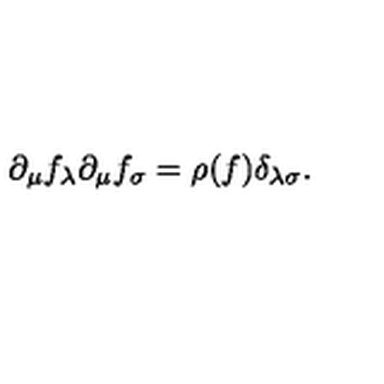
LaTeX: \partial _ { \mu } f _ { \lambda } \partial _ { \mu } f _ { \sigma } = \rho ( f ) \delta _ { \lambda \sigma } .